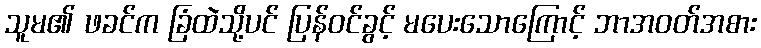
သူမ၏ ဖခင်က ခြံထဲသို့ပင် ပြန်ဝင်ခွင့် မပေးသောကြောင့် ဘာအဝတ်အစား